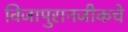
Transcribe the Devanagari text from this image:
विजापुरानजीकचे